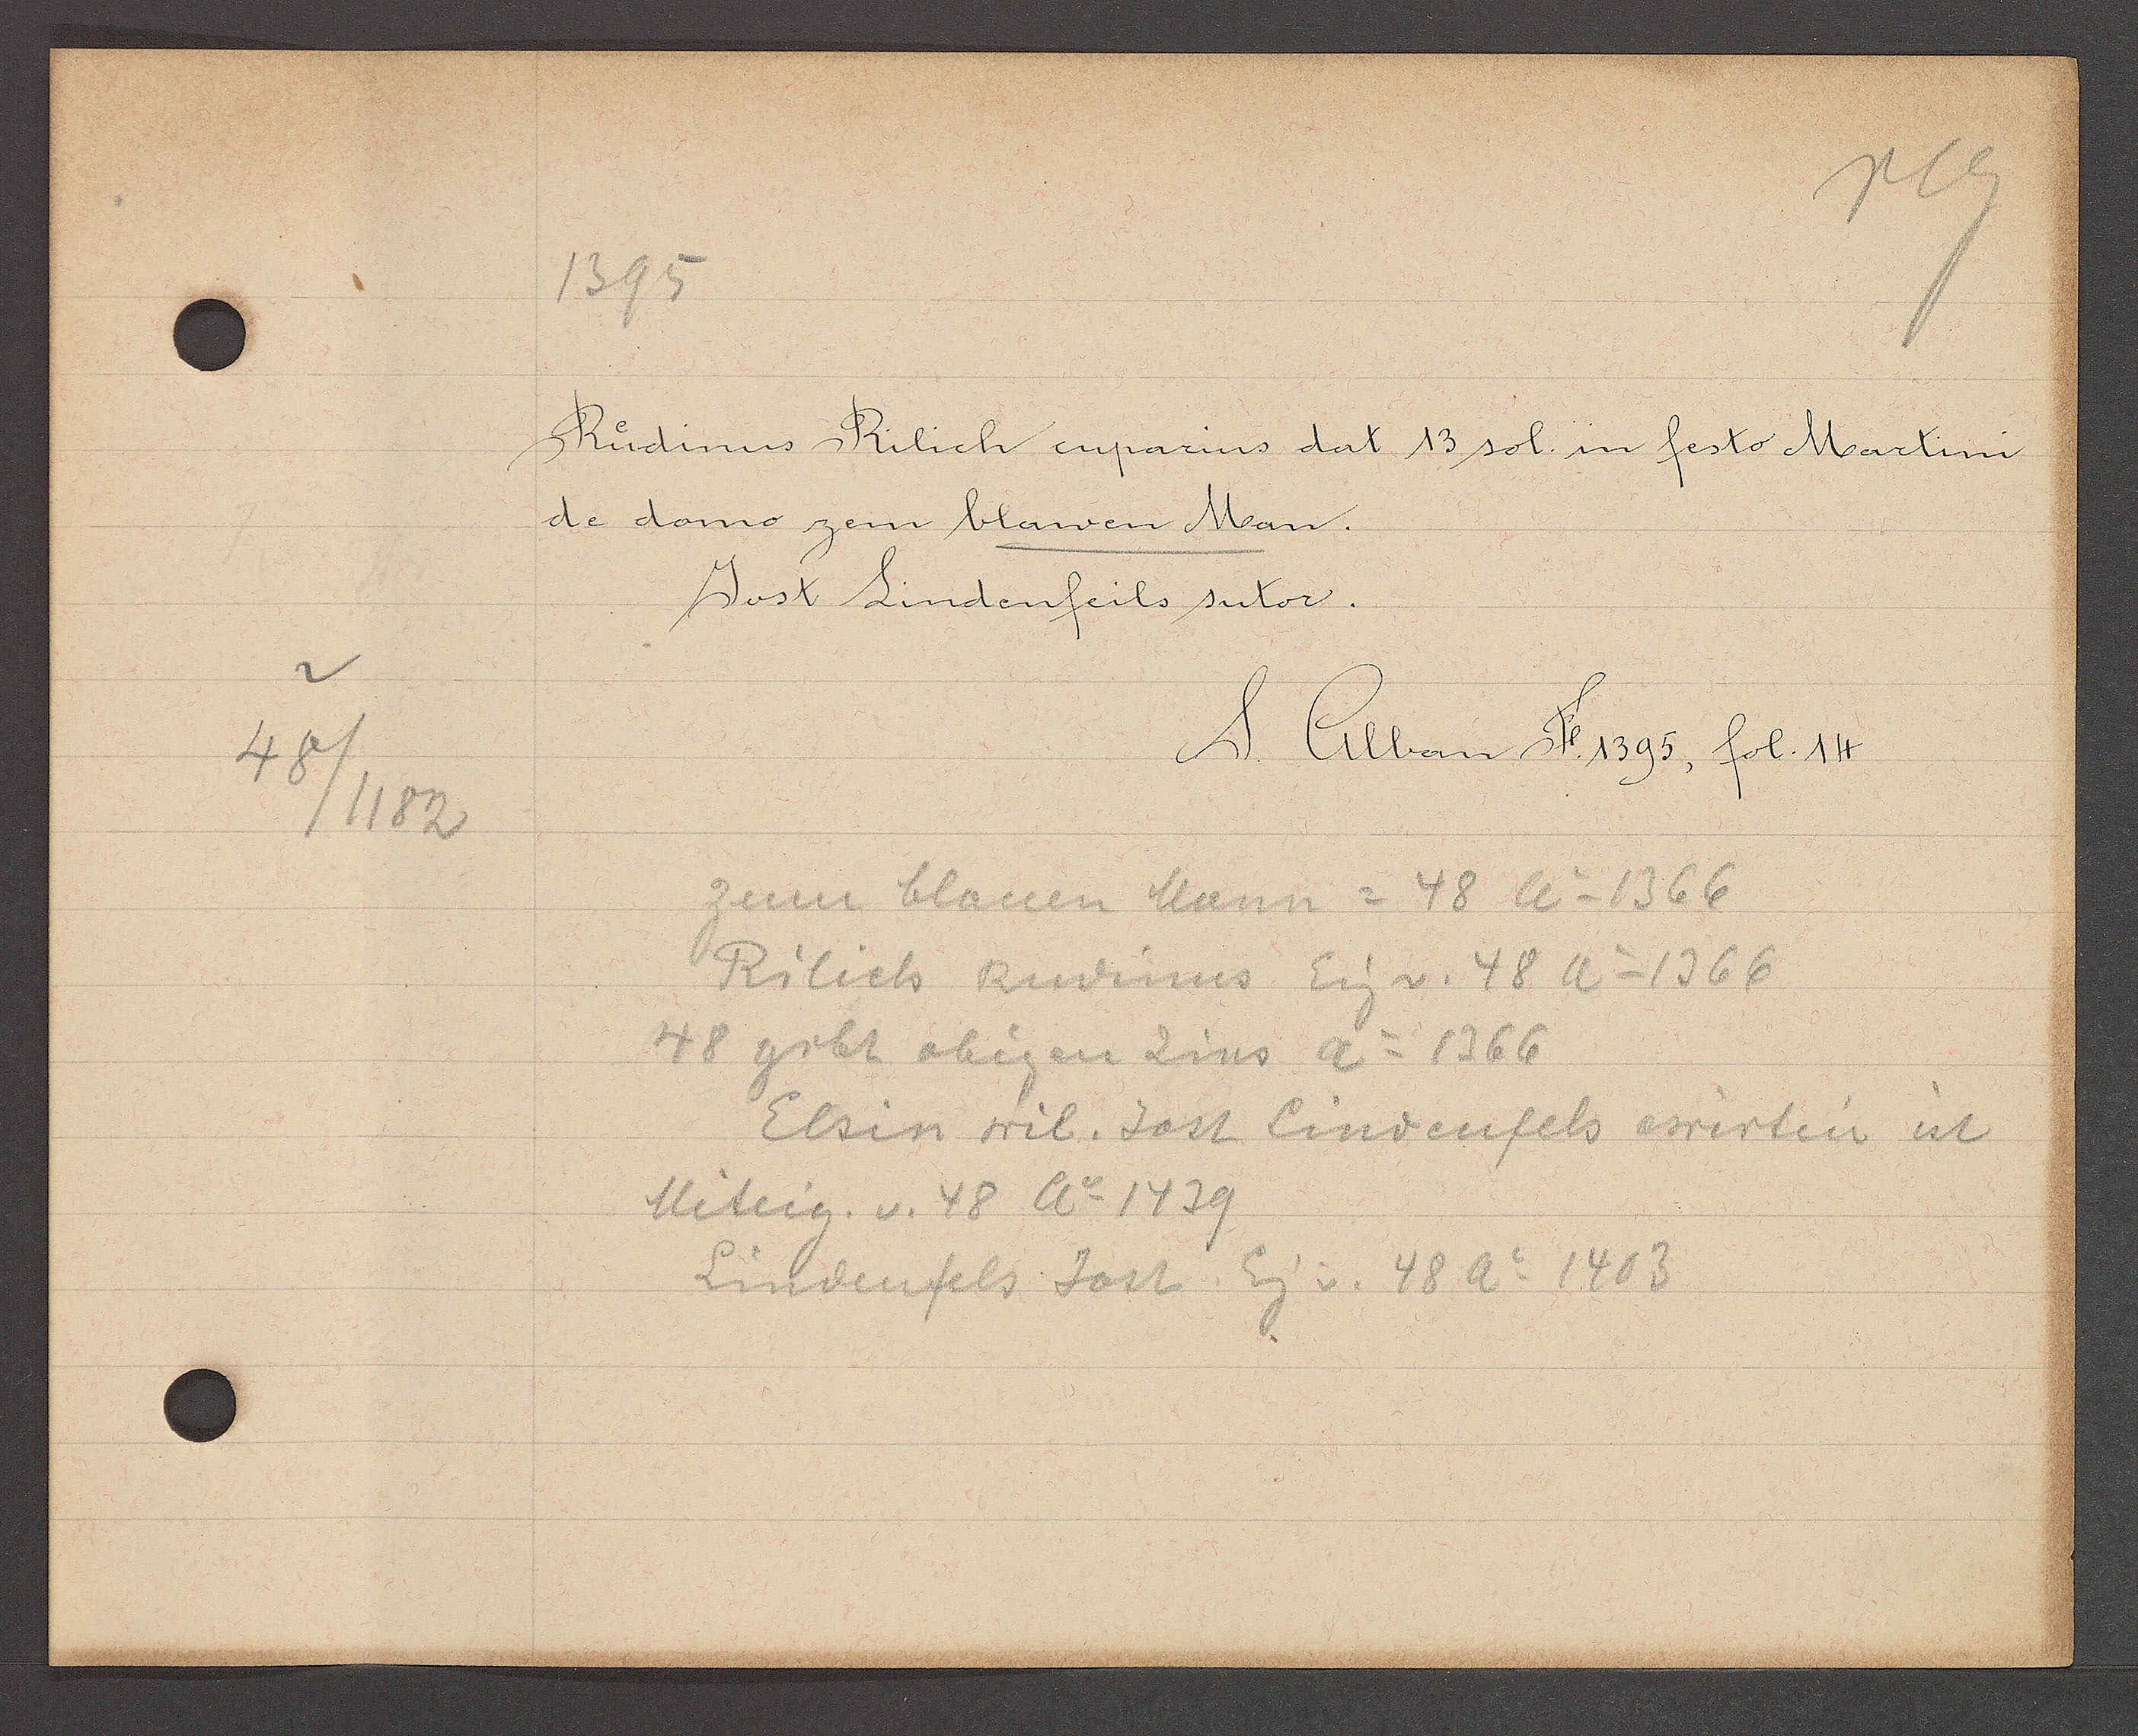
Transcript:
48
/1182

1395

Rudinus Rilich cuparius dat 13 sol. in festo Martini.
de domo zem blawen Man.
Jost Lindenfeils sutor.

S. Alban F 1393, fol. 14.

zum blauen Mann = 48 Ao 1366
Rilich Rudinus Eig v. 48 Ao 1366
48 gibt obigen Zins Ao 1366
Elsin wil. Jost Lindenfels ewirtin ist
Miteig. v. 48 Ao 1439
Lindenfels Jost Eig v. 48 Ao 1403